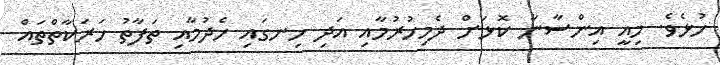
ހުޅެވެ. މިއީ އިންސާނާ ކޮޅަށް ދެމިހުރުމާއި އަދި ހިނގައި ހެދުމާއި ތަފާތު ހަރަކާތްތައް